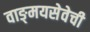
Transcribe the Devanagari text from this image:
वाङ्‌मयसेवेची